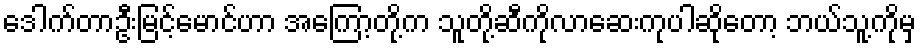
ဒေါက်တာဦးမြင့်မောင်ဟာ အကြော့တို့က သူတို့ဆီကိုလာဆေးကုပါဆိုတော့ ဘယ်သူ့ကိုမှ